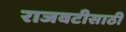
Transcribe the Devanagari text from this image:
राजवटीसाठी